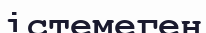
істемеген